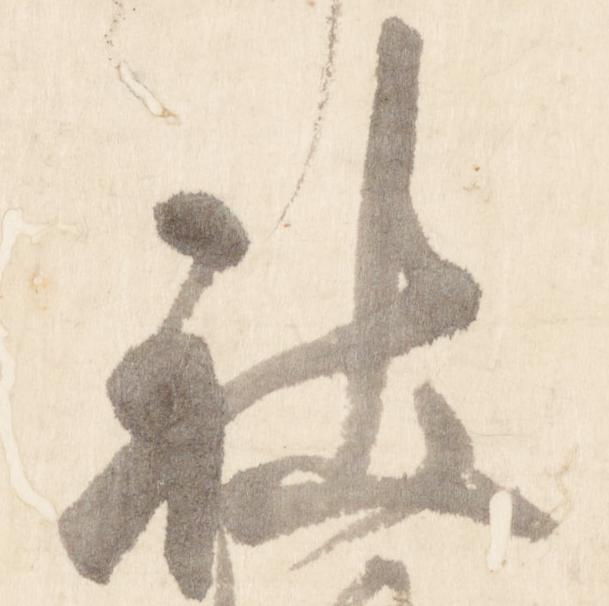
社